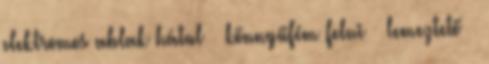
elektromos ablak hátul – könnyűfém felni – lemeztető –